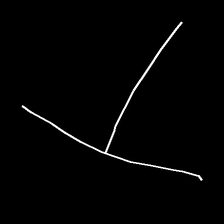
Glyph: column